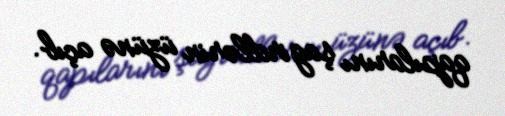
qapılarını şagirdlərin üzünə açıb.